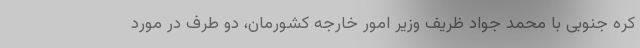
کره جنوبی با محمد جواد ظریف وزیر امور خارجه کشورمان، دو طرف در مورد